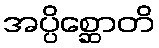
အပ္ပိစ္ဆောတိ